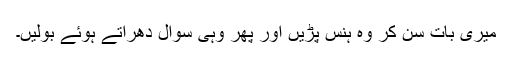
میری بات سن کر وہ ہنس پڑیں اور پھر وہی سوال دھراتے ہوئے بولیں۔